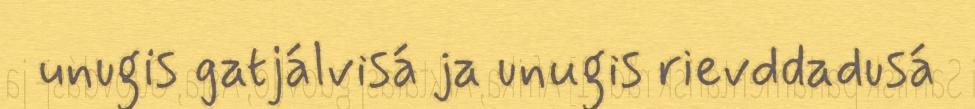
unugis gatjálvisá ja unugis rievddadusá